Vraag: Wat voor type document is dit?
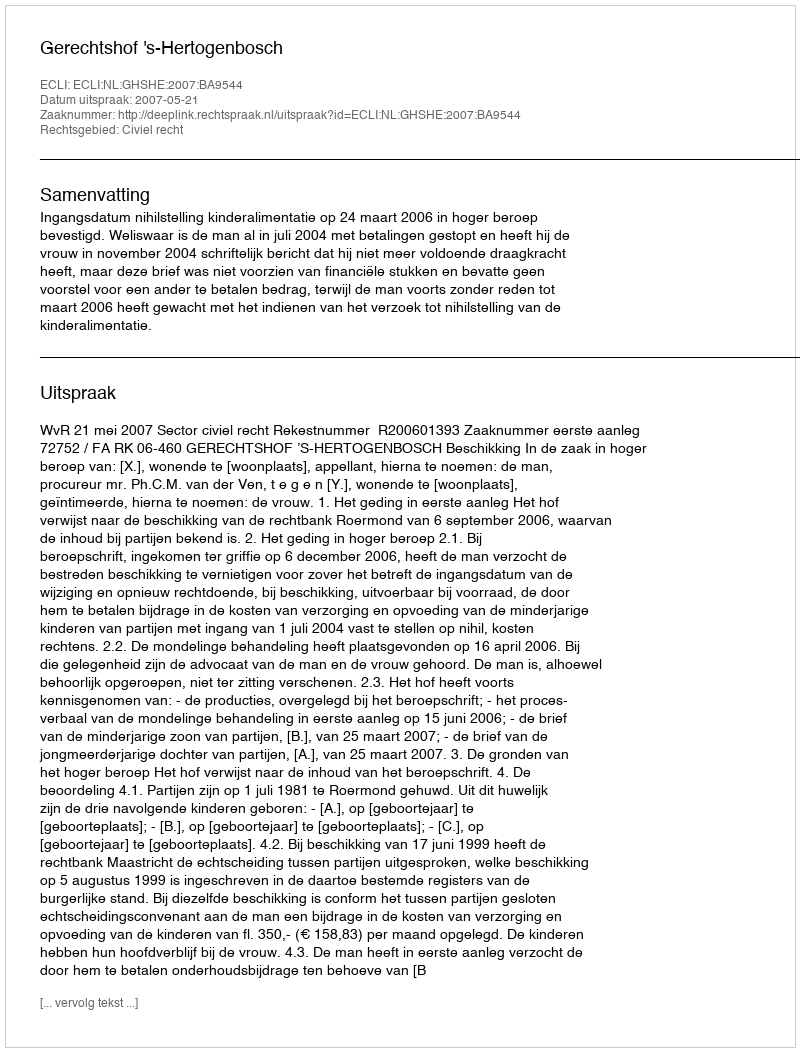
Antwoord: Uitspraak